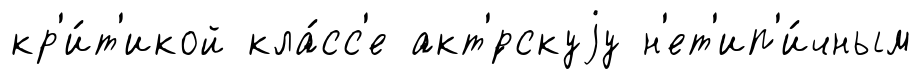
кр'и́т'икой кла́сс'е акт'́рскуjу н'ет'ип'и́чным